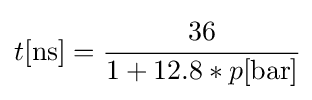
t[\mathrm {ns} ]={\cfrac {36}{1+12.8*p[\mathrm {bar} ]}}